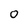
Character: 0